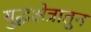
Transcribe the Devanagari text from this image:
युद्धक्षेत्रातुन